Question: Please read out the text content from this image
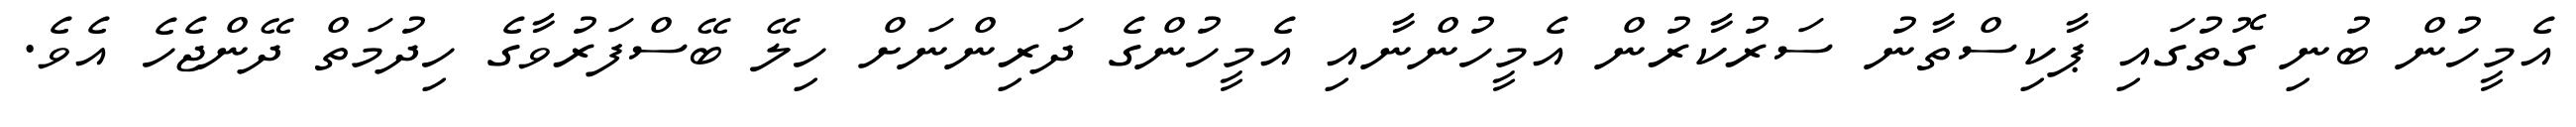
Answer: އެމީހުން ބުނި ގޮތުގައި ޕާކިސްތާނު ސަރުކާރުން އެމީހުންނާއި އެމީހުންގެ ދަރިންނަށް ހިލޭ ބޭސްފަރުވާގެ ހިދުމަތް ދޭންޖެހެ އެވެ.